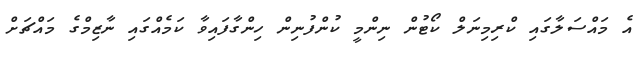
އެ މައްސަލާގައި ކްރިމިނަލް ކޯޓުން ނިންމީ ކުންފުނިން ހިންގާފައިވާ ކަމެއްގައި ނާޒިމްގެ މައްޗަށް